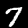
Digit: 7